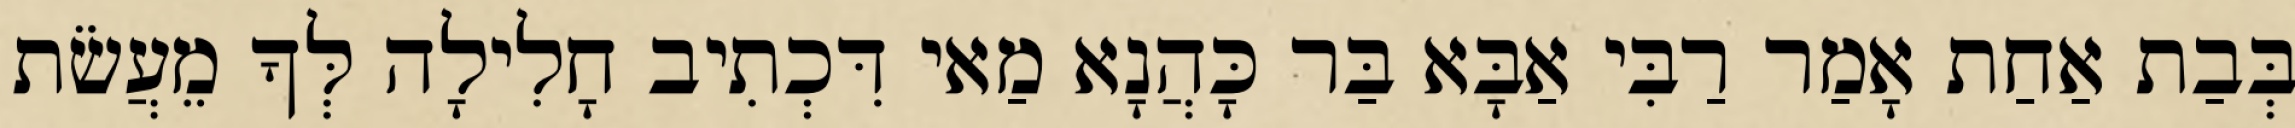
בְּבַת אַחַת אָמַר רַבִּי אַבָּא בַּר כָּהֲנָא מַאי דִּכְתִיב חָלִילָה לְּךָ מֵעֲשֹׂת